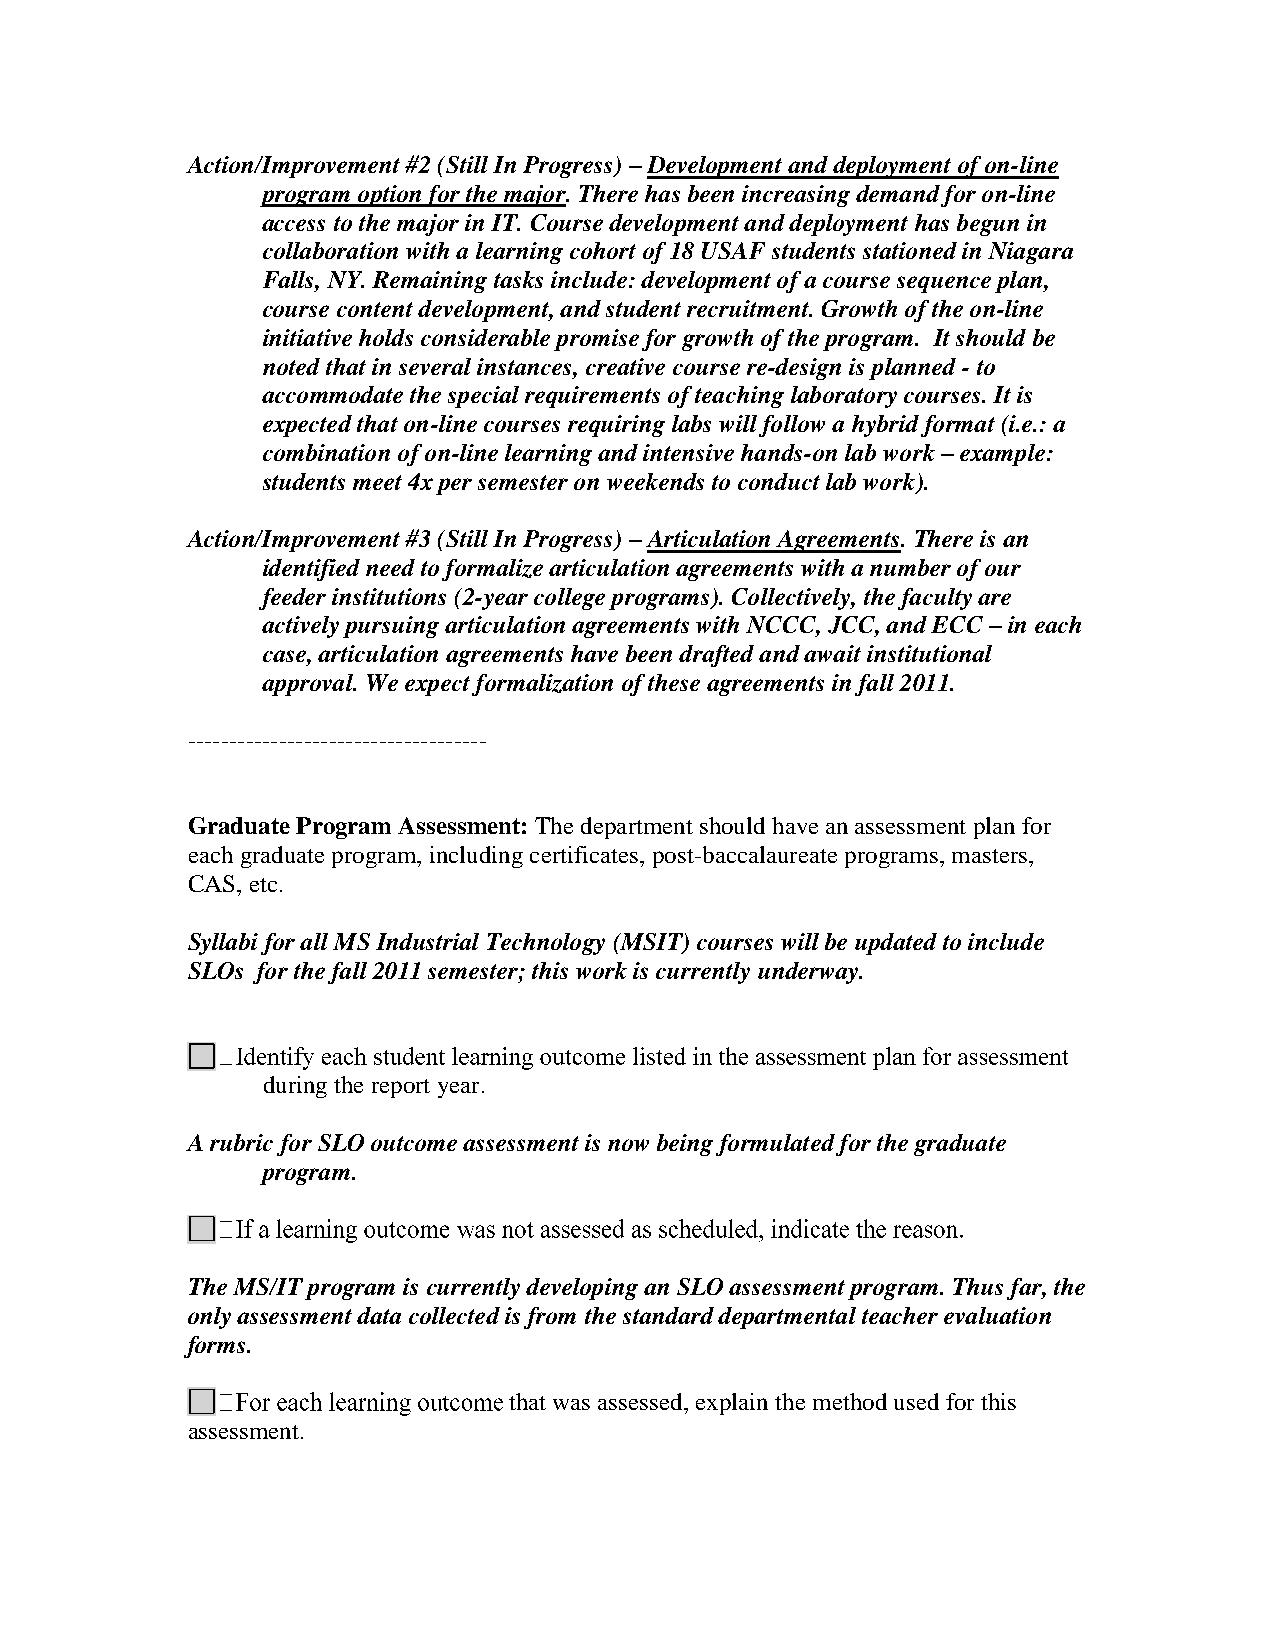
Action/Improvement #2 (Still In Progress) – Development and deployment of on-line
 program option for the major. There has been increasing demand for on-line
 access to the major in IT. Course development and deployment has begun in
 collaboration with a learning cohort of 18 USAF students stationed in Niagara
 Falls, NY. Remaining tasks include: development of a course sequence plan,
 course content development, and student recruitment. Growth of the on-line
 initiative holds considerable promise for growth of the program. It should be
 noted that in several instances, creative course re-design is planned - to
 accommodate the special requirements of teaching laboratory courses. It is
 expected that on-line courses requiring labs will follow a hybrid format (i.e.: a
 combination of on-line learning and intensive hands-on lab work – example:
 students meet 4x per semester on weekends to conduct lab work).
 Action/Improvement #3 (Still In Progress) – Articulation Agreements. There is an
 identified need to formalize articulation agreements with a number of our
 feeder institutions (2-year college programs). Collectively, the faculty are
 actively pursuing articulation agreements with NCCC, JCC, and ECC – in each
 case, articulation agreements have been drafted and await institutional
 approval. We expect formalization of these agreements in fall 2011.
 ------------------------------------
 Graduate Program Assessment: The department should have an assessment plan for
 each graduate program, including certificates, post-baccalaureate programs, masters,
 CAS, etc.
 Syllabi for all MS Industrial Technology (MSIT) courses will be updated to include
 SLOs for the fall 2011 semester; this work is currently underway.
 during the report year.
 A rubric for SLO outcome assessment is now being formulated for the graduate
 program.
 The MS/IT program is currently developing an SLO assessment program. Thus far, the
 only assessment data collected is from the standard departmental teacher evaluation
 forms.
 that was assessed, explain the method used for this
 assessment.